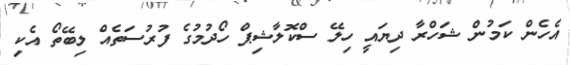
އެހެން ކަމުން ޝަހްރާ ދިޔައީ ހިލޭ ސްކޮލާޝިޕް ހޯދުމުގެ ފުރުސަތެއް ލިބޭތޯ އެކި